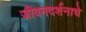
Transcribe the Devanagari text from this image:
जीवनदर्शनाचे